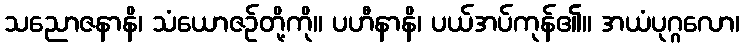
သညောဇနာနိ၊ သံယောဇဉ်တို့ကို။ ပဟီနာနိ၊ ပယ်အပ်ကုန်၏။ အယံပုဂ္ဂလော၊